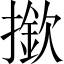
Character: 撳